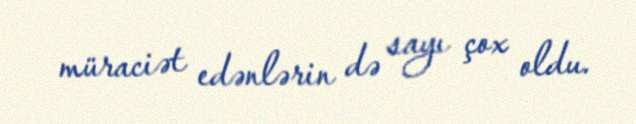
müraciət edənlərin də sayı çox oldu.